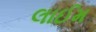
લાઈમ